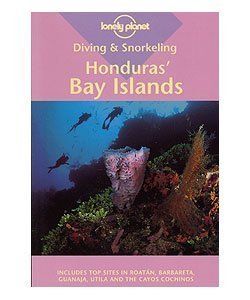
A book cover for Diving & Snorkeling Honduras' Bay Islands; David Behrens; Travel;